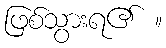
ဖြစ်သွားရ၏ ။